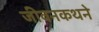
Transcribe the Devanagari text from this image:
जीवनकथने